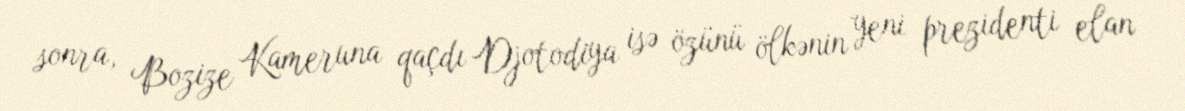
sonra, Bozize Kameruna qaçdı Djotodiya isə özünü ölkənin yeni prezidenti elan